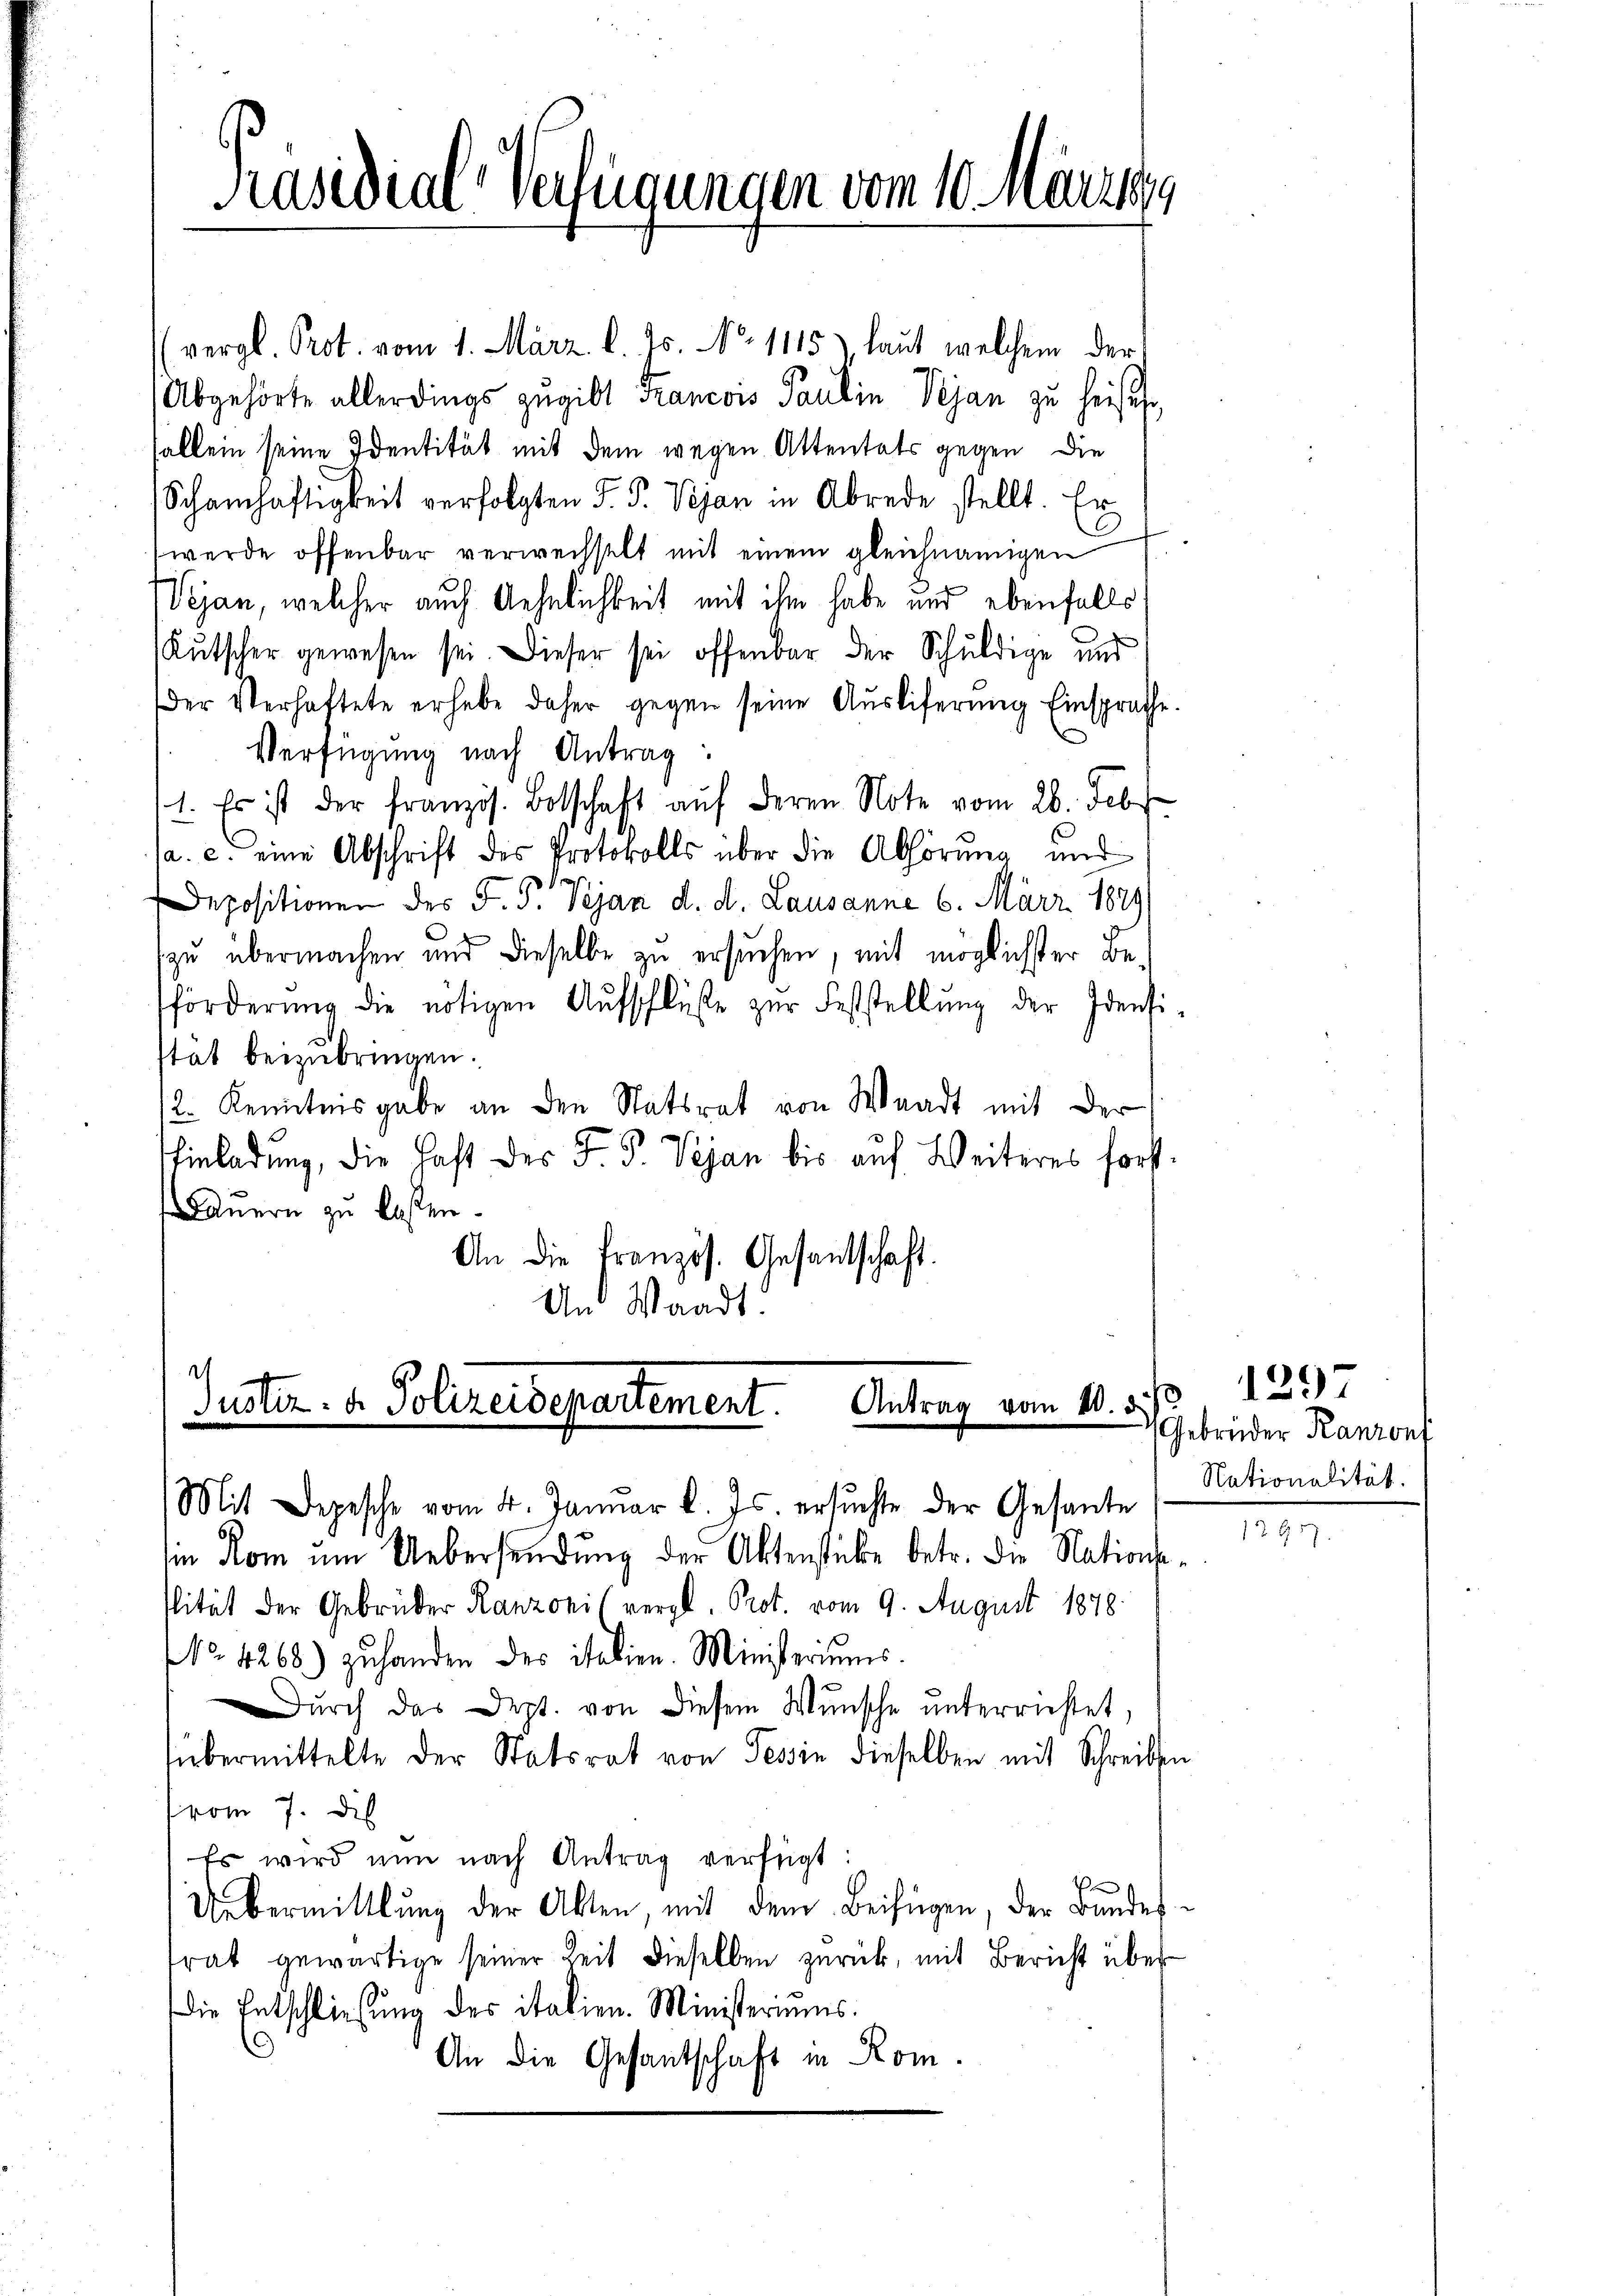
Präsidial-Verfügungen vom 10. Märzeng

vergl. Prot. vom 1. März l. Js. No 1115), laut welchem der
Abgehörte allerdings zugibt Francois Paulin Vejan zu heisen,
sallein seine Identität mit dem wegen Attentats gegen die
Schamhaftigkeit verfolgten F. P. Vejan in Abrede stellt. Er
9
werde offenbar verwechselt mit einem gleichnamigen
Vejan, welcher auch Aehnlichkeit mit ihm habe und ebenfalls
Kutscher gewesen sei. Dieser sei offenbar der Schuldige und
Der Verhaftete erhabe daher gegen seine Aŭsliferŭng Einsprache.
Verfügung nach Antrag:
1. Es ist der französ. Botschaft auf deren Note vom 26. Febr
a. c. eine Abschrift des Protokolls über die Abhörung und
Depositionen des F. P. Vejan d. d. Lausanne 6. März 1879
zu übermachen und dieselbe zu ersuchen, mit möglichster Beförderŭng die nötigen Aŭfschlüβe zŭr Feststellŭng der Idensi-
stat beizubringen.
2. Kenntnisgabe an den Statsrat von Waadt mit der
Einladung, die Last der F. P. Vejan bis aŭf Weiteres forst-
auern zu lassen.
An die Französ. Gesantschaft.
An Waadt.

1
Justiz- u. Polizeidepartement. Antrag vom 10. d. J.
Mit Depesche vom 4. Januar l. Js. ersŭchte der Gesante

sin Rom um Uebersendŭng der Aktenstücke betr. die Nationsslität der Gebrüder Ranzonis vergl. Prot. vom 9. August 1878.
NNo. 4268.) zuhanden des italien. Ministeriums.
ŭrch das Dept. von diesem Wunsche ŭnterrichtet,
übermittelte der Statsrat von Tessin dieselben mit Schreiben
vom 7. des
Es wird nun nach Antrag verfügt:
Uebermittlung der Akten, mit dem Beifügen, der Bundestrat gewärtige seiner Zeit dieselben zurück, mit Bericht über¬
Die Entschliessung des italien. Ministeriums.
An die Gesantschaft in Rom.

129
Gebrüder Kantons
Nationalität.

12957.